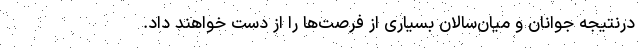
درنتیجه جوانان و میان‌سالان بسیاری از فرصت‌ها را از دست خواهند داد.